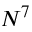
N ^ { 7 }